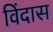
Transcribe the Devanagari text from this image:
विंदास